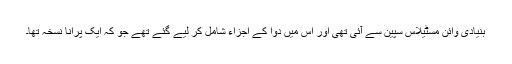
بنیادی وائن مسٹیلاس سپین سے آئی تھی اور اس میں دوا کے اجزاء شامل کر لیے گئے تھے جو کہ ایک پرانا نسخہ تھا۔